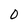
Character: 0